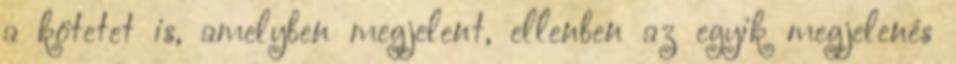
a kötetet is, amelyben megjelent, ellenben az egyik megjelenés